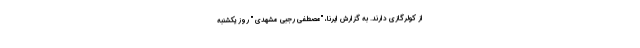
از کولرگازی دارند. به گزارش ایرنا، "مصطفی رجبی مشهدی " روز یکشنبه